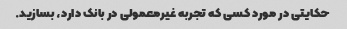
حکایتی در مورد کسی که تجربه غیرمعمولی در بانک دارد، بسازید.